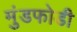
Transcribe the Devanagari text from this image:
मुंडफोडी